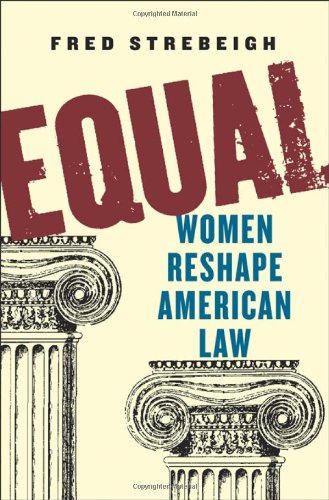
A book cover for Equal: Women Reshape American Law; Fred Strebeigh; Law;